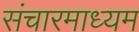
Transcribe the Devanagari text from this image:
संचारमाध्यम